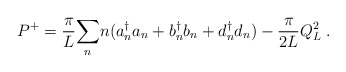
\begin{align*}P^+ = {\pi \over L } {\sum_n} n (a{_n ^\dagger} a_n + b{_n^\dagger}b_n + d{_n ^\dagger}d_n ) - {\pi \over2 L} Q_L^2\; .\end{align*}